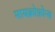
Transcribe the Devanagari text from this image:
मायक्रोफ़ोन्स